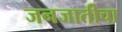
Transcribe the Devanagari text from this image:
जनजातीचा